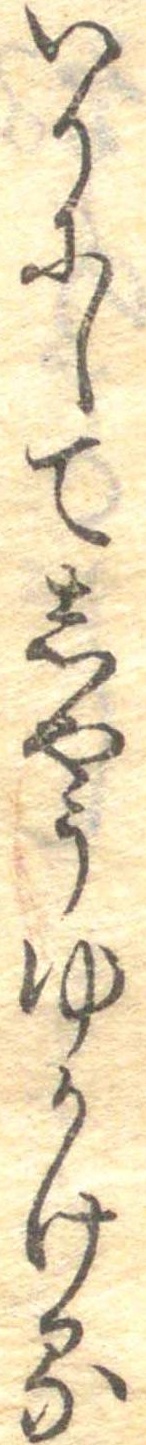
いりにしてしやうゆかける